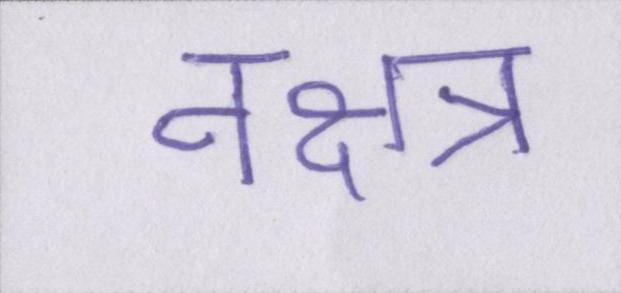
नक्षत्र